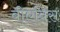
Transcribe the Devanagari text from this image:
बीएविस